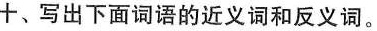
十、写出下面词语的近义词和反义词。